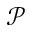
\mathcal { P }